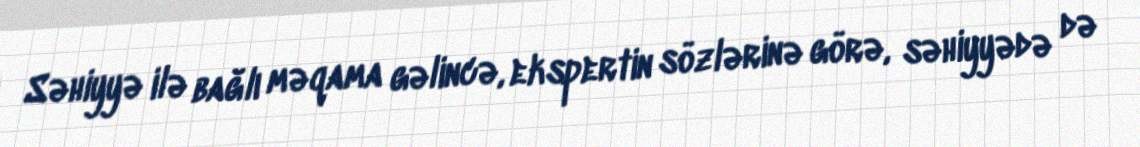
Səhiyyə ilə bağlı məqama gəlincə, ekspertin sözlərinə görə, səhiyyədə də